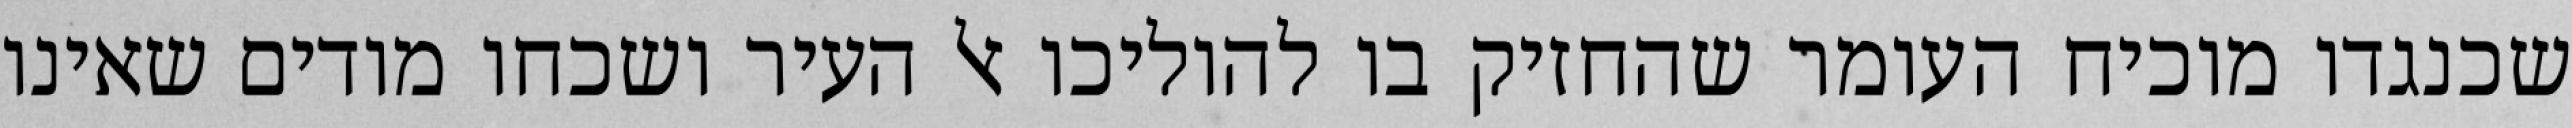
שכנגדו מוכיח העומר שהחזיק בו להוליכו אל העיר ושכחו מודים שאינו